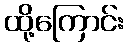
ထို့ကြောင်း